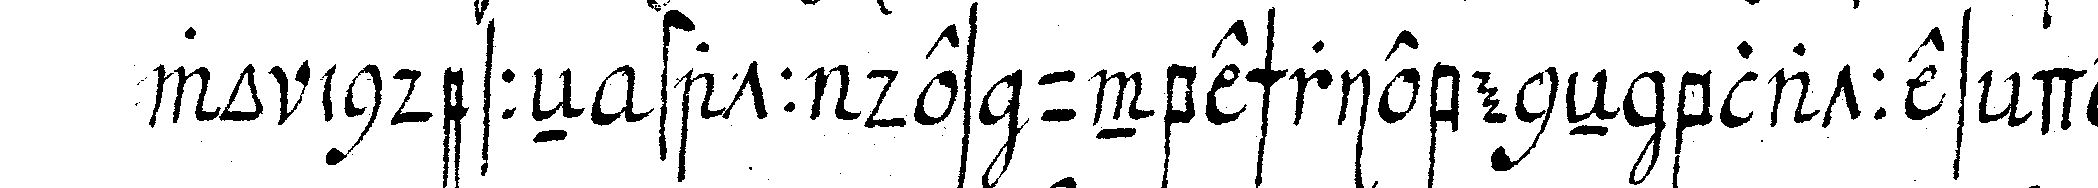
wo indesseN statt des unbeschriebeneN blattes der